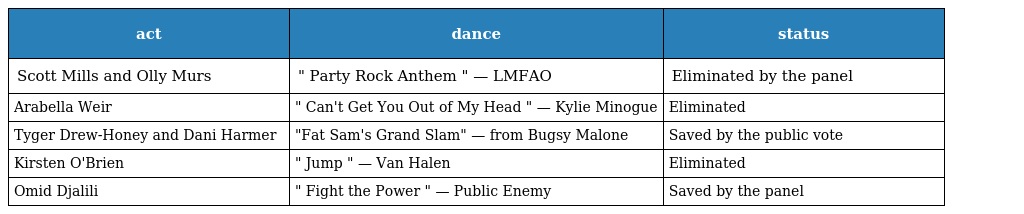
| act | dance | status |
 | --- | --- | --- |
 | Scott Mills and Olly Murs | " Party Rock Anthem " — LMFAO | Eliminated by the panel |
 | Arabella Weir | " Can't Get You Out of My Head " — Kylie Minogue | Eliminated |
 | Tyger Drew-Honey and Dani Harmer | "Fat Sam's Grand Slam" — from Bugsy Malone | Saved by the public vote |
 | Kirsten O'Brien | " Jump " — Van Halen | Eliminated |
 | Omid Djalili | " Fight the Power " — Public Enemy | Saved by the panel |